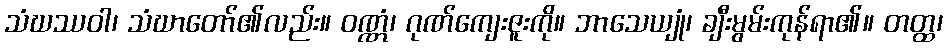
သံဃဿဝါ၊ သံဃာတော်၏လည်း။ ဝဏ္ဏံ၊ ဂုဏ်ကျေးဇူးကို။ ဘာသေယျုံ၊ ချီးမွမ်းကုန်ရာ၏။ တတ္ထ၊